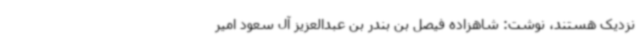
نزدیک هستند،‌ نوشت: شاهزاده فیصل بن بندر بن عبدالعزیز آل سعود امیر